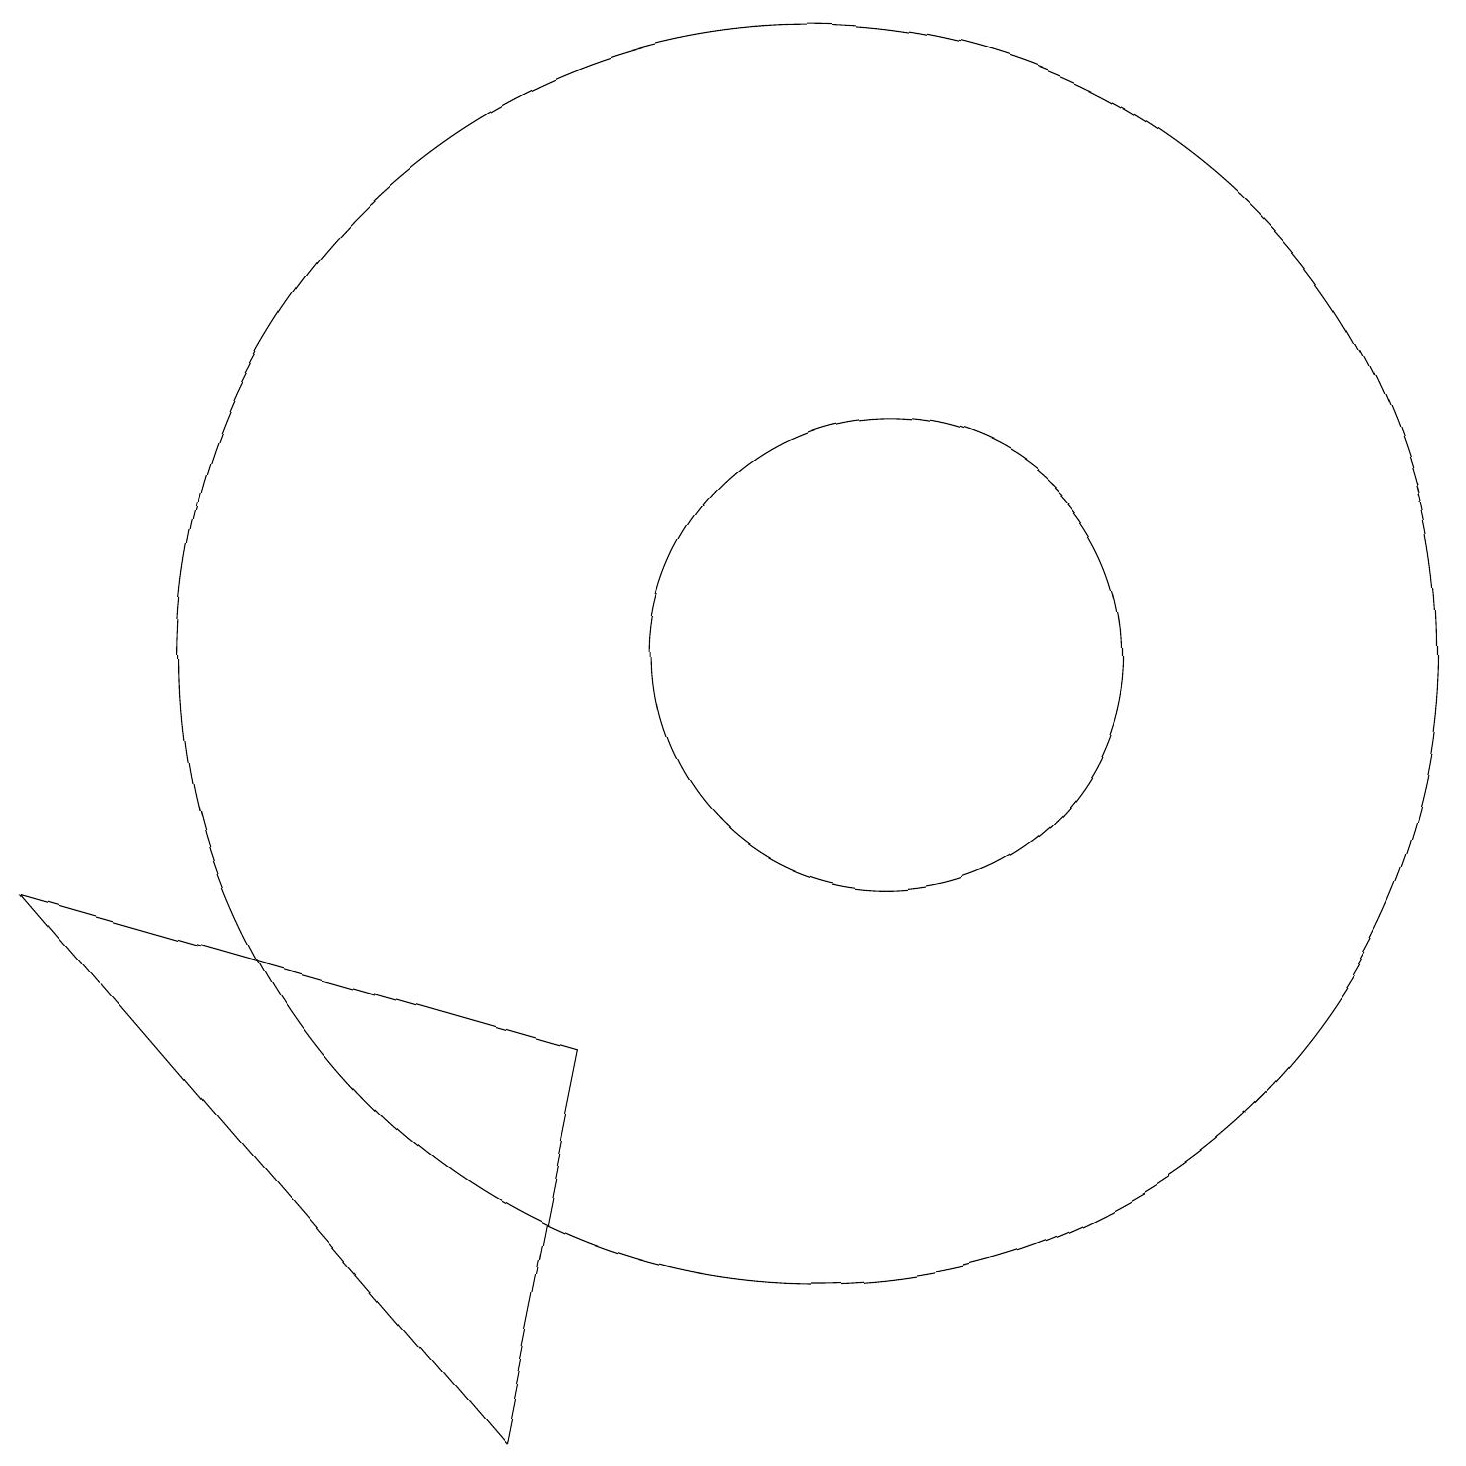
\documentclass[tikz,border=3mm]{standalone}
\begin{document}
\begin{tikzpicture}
\draw (11,11) circle (3);
\draw (10,11) circle (8);
\draw (0,8) -- (6,1) -- (7,6) -- cycle;
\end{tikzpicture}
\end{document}